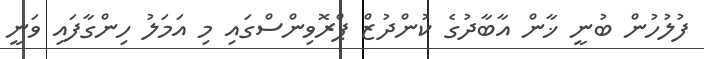
ފުލުހުން ބުނީ ޚާން އާބާދުގެ ކުންދުޒް ޕްރޮވިންސްގައި މި އަމަލު ހިންގާފައި ވަނީ